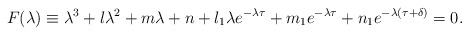
\begin{align*}F(\lambda)\equiv \lambda^{3}+l\lambda^{2}+m\lambda+n+l_{1}\lambda e^{-\lambda\tau}+m_{1}e^{-\lambda\tau}+n_{1}e^{-\lambda(\tau+\delta)} =0.\end{align*}